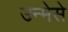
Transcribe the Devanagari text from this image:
उन्मेसे